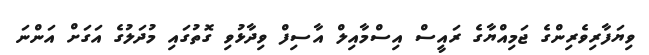
ވިޔަފާރިވެރިންގެ ޖަމިއްޔާގެ ރައީސް އިސްމާއިލް އާސިފް ވިދާޅުވި ގޮތުގައި މުދަލުގެ އަގަށް އަންނަ